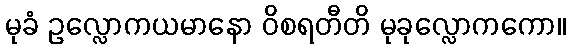
မုခံ ဥလ္လောကယမာနော ဝိစရတီတိ မုခုလ္လောကကော။